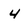
Character: 4